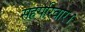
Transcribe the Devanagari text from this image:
सहपरिवार।